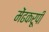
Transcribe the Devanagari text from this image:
मेंढकरूपी